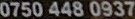
0750 448 0937